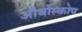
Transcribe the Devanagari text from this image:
ऑर्थोस्कोप